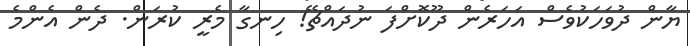
ޔާން ދުވަހަކުވެސް އަހަރެން ދޫކޮށްފަ ނުދައްޗޭ! ހިނގާ މެރީ ކުރަން. ދެން އެންމެ